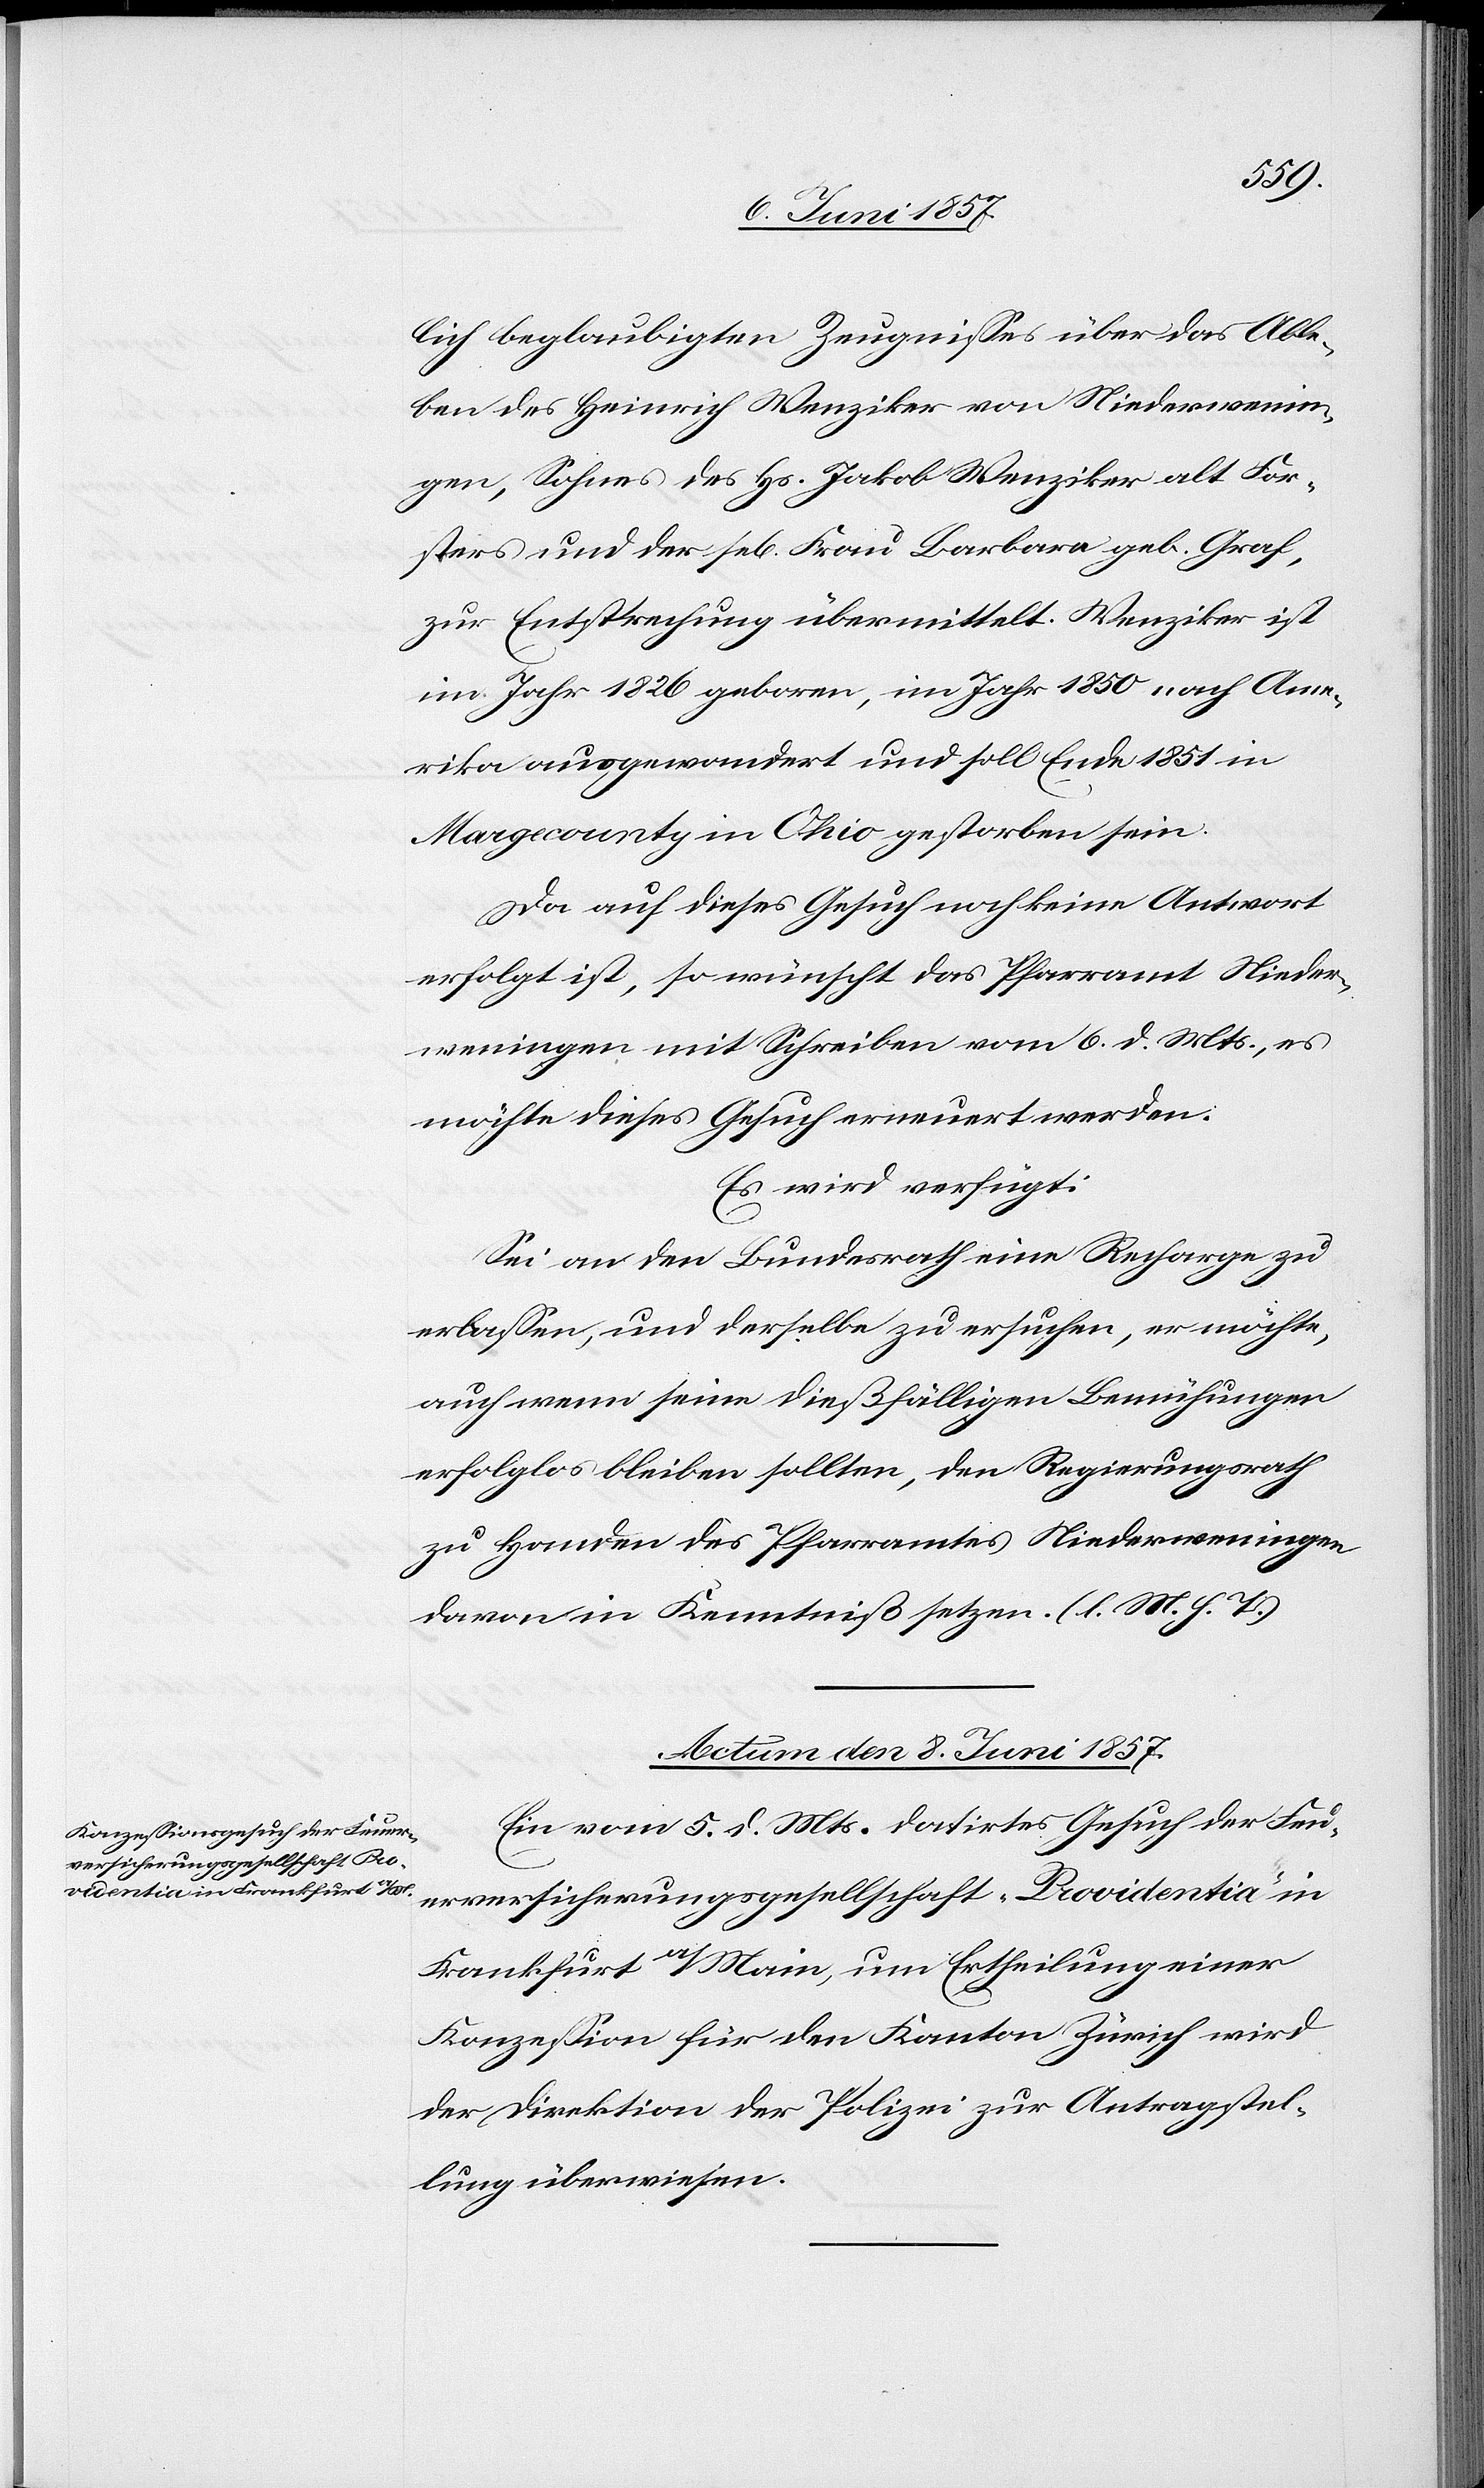
lich beglaubigten Zeugnisses über das Able¬
ben des Heinrich Wenziker von Niederwenin¬
gen, Sohnes des Hs. Jakob Wenziker alt For¬
sters und der sel[igen] Frau Barbara geb. Graf,
zur Entsprechung übermittelt. Wenziker ist
im Jahr 1826 geboren, im Jahr 1850 nach Ame¬
rika ausgewandert und soll Ende 1851 in
Margecounty in Ohio gestorben sein.
Da auf dieses Gesuch noch keine Antwort
erfolgt ist, so wünscht das Pfarramt Nieder¬
weningen mit Schreiben vom 6 d. Mts., es
möchte dieses Gesuch erneuert werden.
Es wird verfügt:
Sei an den Bundesrath eine Recharge zu
erlassen, und derselbe zu ersuchen, er möchte
auch wenn seine dießfälligen Bemühungen
erfolglos bleiben sollten, den Regierungsrath
zu Handen des Pfarramtes Niederweningen
davon in Kenntniß setzen. [l. M. h. T]
Actum den 8 Juni 1857.
Ein vom 5 d. Mts. datirtes Gesuch der Feu¬
erversicherungsgesellschaft „Providentia“ in
Frankfurt a/Main, um Ertheilung einer
Konzession für den Kanton Zürich wird
der Direktion der Polizei zur Antragstel¬
lung überwiesen.